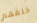
خلفهم